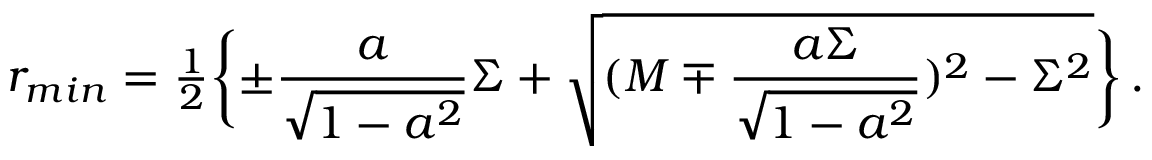
r _ { m i n } = { \textstyle \frac { 1 } { 2 } } \biggl \{ \pm \frac { a } { \sqrt { 1 - a ^ { 2 } } } \Sigma + \sqrt { ( M \mp \frac { a \Sigma } { \sqrt { 1 - a ^ { 2 } } } ) ^ { 2 } - \Sigma ^ { 2 } } \biggr \} \, .